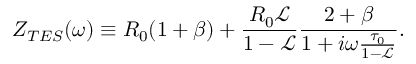
Z _ { T E S } ( \omega ) \equiv R _ { 0 } ( 1 + \beta ) + \frac { R _ { 0 } \mathscr { L } } { 1 - \mathscr { L } } \frac { 2 + \beta } { 1 + i \omega \frac { \tau _ { 0 } } { 1 - \mathscr { L } } } .